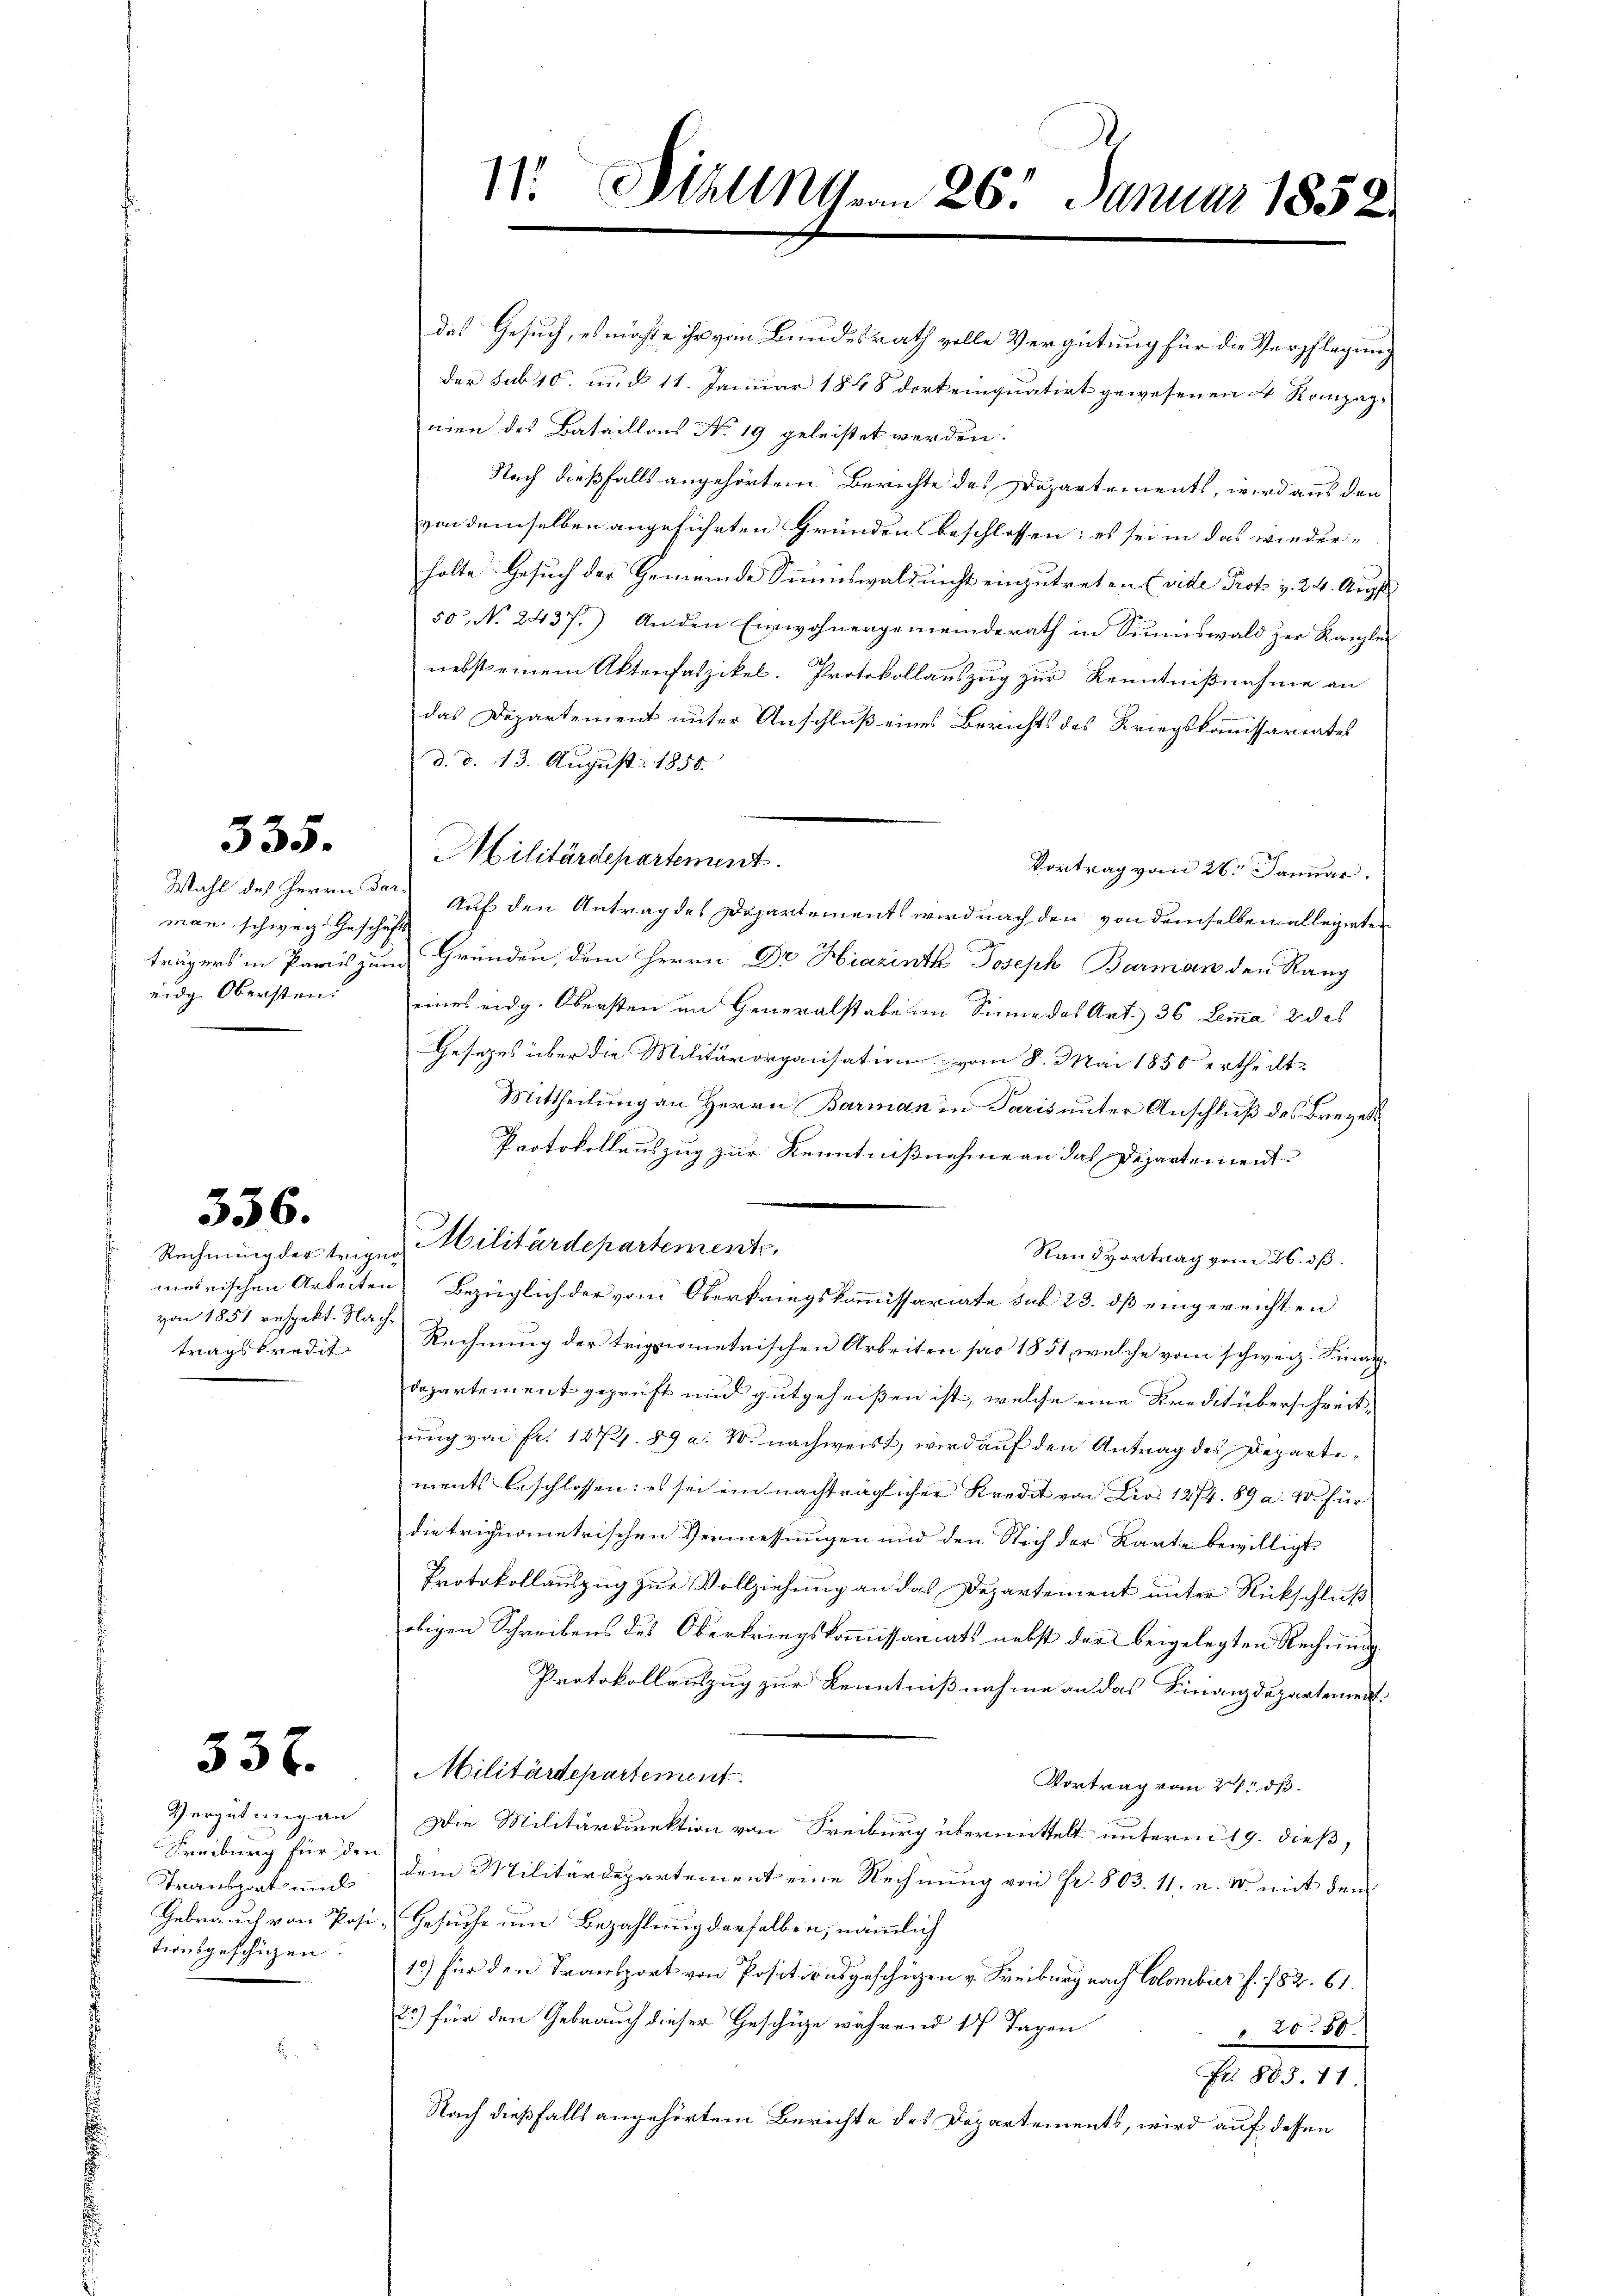
335.

man schweiz. Geschäfts
eidg Obersten

356.

von 1851 respekt. Nachtragskredit

337.

Vergütung an
Freiburg für de
Transports und
Gebrauch von Post
tionsgeschien.

das Gesuch, es möchte ihr von Bundesrath volle Vergütung für die Verpflegung
der sub 15. und 11. Januar 1848 dort einquatirt gewesenen 4 Kompagnien des Bataillons No 19 geleistet werden.
Nach dießfalls angehörtem Berichte des Departements, wird aus den
von demselben angeführten Gründen beschlossen; es sei in das wieder-
holte Gesuch der Gemeinde Sinnswald nicht einzutreten (vide Prof. v. 24. Augst
50, No 2437.) Anden Einwohnergemeinderath in Sunnswald zur Kanzlei
nebst einem Aktenfaszikel. Protokollauszug zur Kenntnißnahme an
das Departement unter Anschluß eines Berichts des Kriegskommissariates
d. d. 13. August 1858.
Militärdepartement
Vortrag vom 26. Januar
Wahl des Herrn Der Auf den Antrag des Departements wird nach den von demselben alleinter
trägers in Paris zum Gründen, dem Herrn Dr Hiazintz Joseph Barman den Rang
eines eidg. Obersten im Generalstabe im Sinne des Art. 36 Lemma 2 des
Gesetzes über die Militärorganisation vom 8. Mai 1850 ertheilt.
Mittheilung an Herrn Barman in Paris unter Anschluß des Brevet
Protokollauszug zur Kenntnißnahme an das Departement
Standvortrag vom 26. dß.
meirischen Arbeiten Bezüglich der vom Oberkriegskommissariate sub 23. dß eingereichten
Rechnung der trignometrischen Arbeiten par 1851, welche vom schweiz. Finandepartement geprüft und gutgeheißen ist, welche eine Kreditüberschreitung von fr. 1274. 89 a. W. nachweist, wird auf den Antrag des Departements beschlossen: es sei ein nachträglicher Kredit von Lios 1274. 89 a. W. für
die triplometrischen Vermessungen und den Sich der Karte bewilligt
Protokollauszug zur Vollziehung an das Departement unter Rückschluß
obigen Schreibens des Oberkriegskommissariats nebst der beigelegten Rechnung
Protokollauszug zur Kenntnißnahme an das Finanzdepartement.
Militärdepartement
Vortrag vom 24. dß.
Die Militärdirektion von Freiburg übermittelt unterm 19. dieß,
 Dem Militärdepartement eine Rechnung von Fr. 803. 11. u. M. mit dem
i. Gesuche um Bezahlung derselben, nämmlich
15) für den Transport von Positionsgeschigen v. Freiburg nach Colombier f. 782. 61.
25) für den Gebrauch dieser Geschüze während 17 Tagen
2080.
Fr. 883. 11
Nach dießfalls angehörtem Berichte des Departements, wird auf dessen

Rechnung der trigen Militärdepartemente,

11. Diell vom 26. Januar 1852.